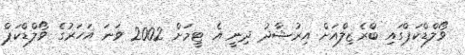
ވޯލްޑްކަޕްގައި ބްރެޒިލްއަށް އިރުޝާދު ދިނީ އެ ޓީމަށް 2002 ވަނަ އަހަރުގެ ވޯލްޑްކަޕް